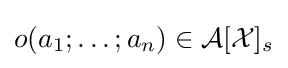
o(a_{1};\dots ;a_{n})\in {\mathcal {A}}[{\mathcal {X}}]_{s}